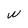
Character: w